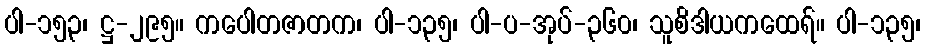
ပါ-၁၅၃၊ ဋ္ဌ-၂၉၅။ ကပေါတဇာတက၊ ပါ-၁၃၅၊ ပါ-ပ-အုပ်-၃၆၀၊ သူစိဒါယကထေရ်။ ပါ-၁၃၅၊